Report on vaccination in the Province of Bengal - 1869-1873
Year: 1869
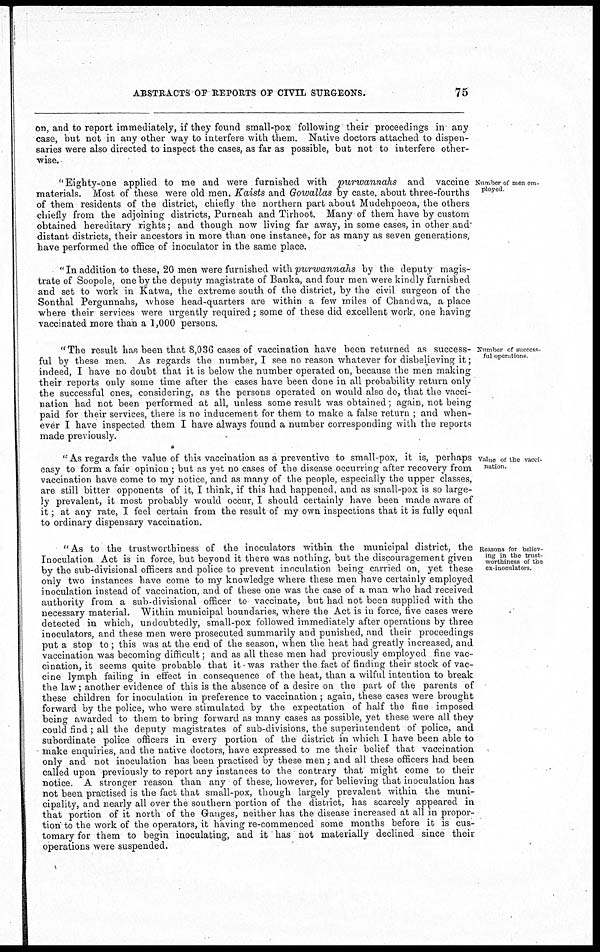
ABSTRACTS OF REPORTS OF CIVIL SURGEONS.
75
on, and to report immediately, if they found small-pox following their proceedings in any
case, but not in any other way to interfere with them. Native doctors attached to dispen-
saries were also directed to inspect the cases, as far as possible, but not to interfere other-
wise.
Number of men em-
ployed.
"Eighty-one applied to me and were furnished with purwannahs
and vaccine
materials. Most of these were old men, Kaists and Gowallas by caste, about three-fourths
of them residents of the district, chiefly the northern part about Mudehpoeoa, the others
chiefly from the adjoining districts, Purneah and Tirhoot. Many of them have by custom
obtained hereditary rights; and though now living far away, in some cases, in other and
distant districts, their ancestors in more than one instance, for as many as seven generations,
have performed the office of inoculator in the same place.
"In addition to these, 20 men were furnished with purwannahs
by the deputy magis-
trate of Soopole, one by the deputy magistrate of Banka, and four men were kindly furnished
and set to work in Katwa, the extreme south of the district, by the civil surgeon of the
Sonthal Pergunnahs, whose head-quarters are within a few miles of Chandwa, a place
where their services were urgently required; some of these did excellent work, one having
vaccinated more than a 1,000 persons.
Number of success-
ful operations.
"The result has been that 8,036 cases of vaccination have been returned as success-
ful by these men. As regards the number, I see no reason whatever for disbelieving it;
indeed, I have no doubt that it is below the number operated on, because the men making
their reports only some time after the cases have been done in all probability return only
the successful ones, considering, as the persons operated on would also do, that the vacci-
nation had not been performed at all, unless some result was obtained; again, not being
paid for their services, there is no inducement for them to make a false return ; and when-
ever I have inspected them I have always found a number corresponding with the reports
made previously.
Value of the vacci-
nation.
"As regards the value of this vaccination as a preventive to small-pox, it is, perhaps
easy to form a fair opinion ; but as yet no cases of the disease occurring after recovery from
vaccination have come to my notice, and as many of the people, especially the upper classes,
are still bitter opponents of it, I think, if this had happened, and as small-pox is so large-
ly prevalent, it most probably would occur, I should certainly have been made aware of
it; at any rate, I feel certain from the result of my own inspections that it is fully equal
to ordinary dispensary vaccination.
Reasons for believ-
ing in the trust-
worthiness of the
ex-inoculators.
"As to the trustworthiness of the inoculators within the municipal district, the
Inoculation Act is in force, but beyond it there was nothing, but the discouragement given
by the sub-divisional officers and police to prevent inoculation being carried on, yet these
only two instances have come to my knowledge where these men have certainly employed
inoculation instead of vaccination, and of these one was the case of a man who had received
authority from a sub-divisional officer to vaccinate, but had not been supplied with the
necessary material. Within municipal boundaries, where the Act is in force, five cases were
detected in which, undoubtedly, small-pox followed immediately after operations by three
inoculators, and these men were prosecuted summarily and punished, and their proceedings
put a stop to ; this was at the end of the season, when the heat had greatly increased, and
vaccination was becoming difficult; and as all these men had previously employed fine vac-
cination, it seems quite probable that it was rather the fact of finding their stock of vac-
cine lymph failing in effect in consequence of the heat, than a wilful intention to break
the law; another evidence of this is the absence of a desire on the part of the parents of
these children for inoculation in preference to vaccination ; again, these cases were brought
forward by the police, who were stimulated by the expectation of half the fine imposed
being awarded to them to bring forward as many cases as possible, yet these were all they
could find; all the deputy magistrates of sub-divisions, the superintendent of police, and
subordinate police officers in every portion of the district in which I have been able to
make enquiries, and the native doctors, have expressed to me their belief that vaccination
only and not inoculation has been practised by these men; and all these officers had been
called upon previously to report any instances to the contrary that might come to their
notice. A stronger reason than any of these, however, for believing that inoculation has
not been practised is the fact that small-pox, though largely prevalent within the muni-
cipality, and nearly all over the southern portion of the district, has scarcely appeared in
that portion of it north of the Ganges, neither has the disease increased at all in propor-
tion to the work of the operators, it having re-commenced some months before it is cus-
tomary for them to begin inoculating, and it has not materially declined since their
operations were suspended.